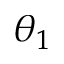
\theta _ { 1 }